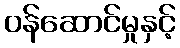
ဝန်ဆောင်မှုနှင့်